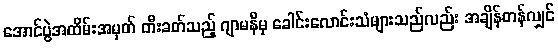
အောင်ပွဲအထိမ်းအမှတ် တီးခတ်သည့် ဂျာမနီမှ ခေါင်းလောင်းသံများသည်လည်း အချိန်တန်လျှင်